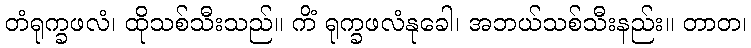
တံရုက္ခဖလံ၊ ထိုသစ်သီးသည်။ ကိံ ရုက္ခဖလံနုခေါ၊ အဘယ်သစ်သီးနည်း။ တာတ၊